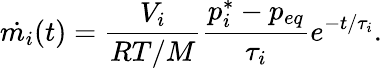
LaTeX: \dot{m_{i}}(t)=\frac{V_{i}}{RT/M}\frac{p_{i}^{*}-p_{eq}}{\tau_{i}}e^{-t/\tau_{i}}.